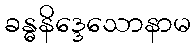
ခန္ဓနိဒ္ဒေသောနာမ